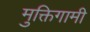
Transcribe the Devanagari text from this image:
मुक्तिगामी